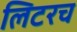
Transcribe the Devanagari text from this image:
लिटरच